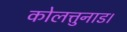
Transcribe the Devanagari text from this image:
कोलत्तुनाड।